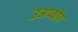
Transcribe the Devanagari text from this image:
उअप्योग